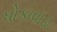
ધોકાવાડા